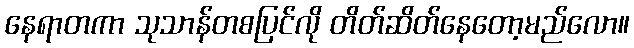
နေရာတကာ သုသာန်တစပြင်လို တိတ်ဆိတ်နေတော့မည်လော။